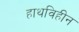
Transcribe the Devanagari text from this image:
हाथविहीन